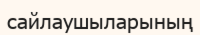
сайлаушыларының